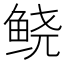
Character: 𲍑